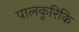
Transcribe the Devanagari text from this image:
पालकुरिकि